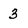
Character: 3